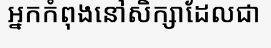
អ្នកកំពុងនៅសិក្សាដែលជា